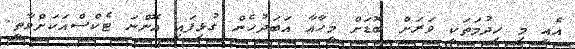
އެއީ މި ހިދުމަތަކީ ވަރަށް ބޮޑަށް މީހާއާ އަބަދުހެން ގުޅިފައި އޮންނަ ޓެކްސްއަކަށްވާތީ.